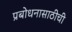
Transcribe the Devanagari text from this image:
प्रबोधनासाठीची